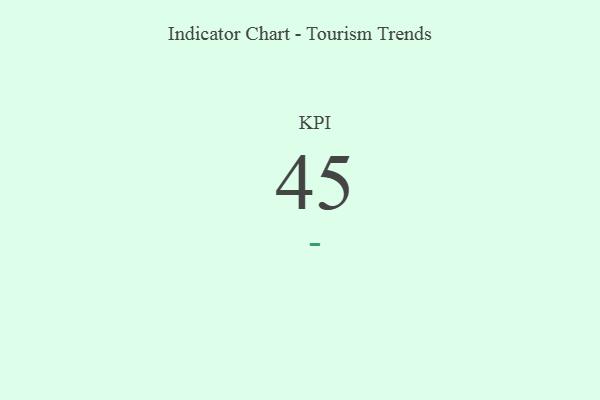
{"axis": {"x": "KPI", "y": "Value"}, "legend": [""], "data": [{"x": "KPI", "y": 45, "type": ""}]}